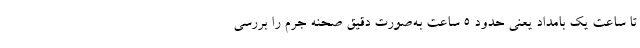
تا ساعت یک بامداد یعنی حدود ۵ ساعت به‌صورت دقیق صحنه جرم را بررسی